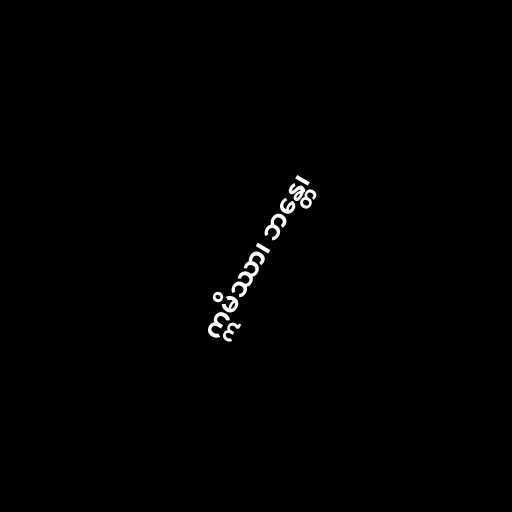
ဣမိဿာ၊ ဘန္တေ၊